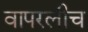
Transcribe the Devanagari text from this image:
वापरलीच